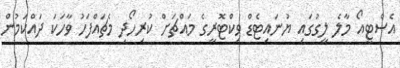
އެސްޓީއޯ މާލެ ލީގުގައި ޔުނައިޓެޑް ވިކްޓޮރީގެ މައްޗަށް ކުރިހޯދި މެޗައްފަހު ވާހަކަ ދައްކަމުން